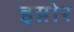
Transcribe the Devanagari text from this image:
इग्नोर